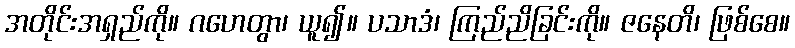
အတိုင်းအရှည်ကို။ ဂဟေတွာ၊ ယူ၍။ ပသာဒံ၊ ကြည်ညိခြင်းကို။ ဇနေတိ၊ ဖြစ်စေ။